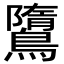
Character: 𪅿